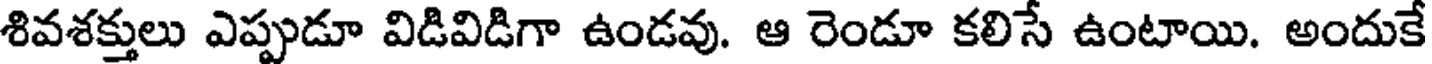
శివశక్తులు ఎప్పుడూ విడివిడిగా ఉండవు. ఆ రెండూ కలిసే ఉంటాయి. అందుకే